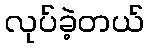
လုပ်ခဲ့တယ်